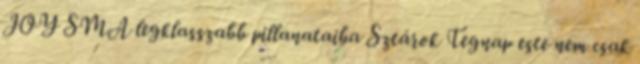
JOY SMA legklasszabb pillanataiba Sztárok Tegnap este nem csak